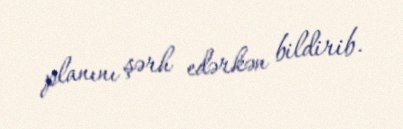
planını şərh edərkən bildirib.